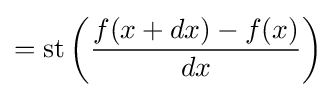
=\operatorname {st} \left({\frac {f(x+dx)-f(x)}{dx}}\right)